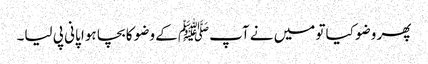
پھر وضو کیا تو میں نے آپﷺ کے وضو کا بچا ہوا پانی پی لیا۔